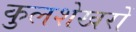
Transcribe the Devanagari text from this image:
कुलशेखरों